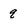
Character: q